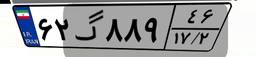
۶۲گ۸۸۹۴۶